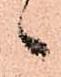
々